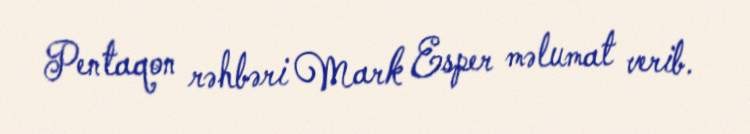
Pentaqon rəhbəri Mark Esper məlumat verib.